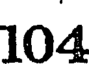
104